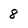
Character: 8